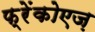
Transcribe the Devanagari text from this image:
फ्रेंकोएज़